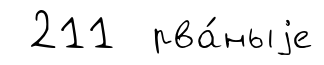
211 рва́ныjе